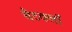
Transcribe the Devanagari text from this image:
बैटक्लॉ